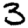
Digit: 3